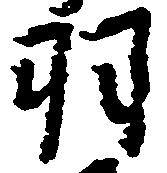
羽